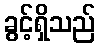
ခွင့်ရှိသည်